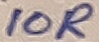
Text: 10R